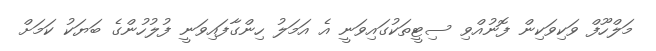
މަލްހޫފް ވަކިވަކިން ފޮނުއްވި ސިޓީތަކުގައިވަނީ އެ އަމަލު ހިންގާފައިވަނީ ފުލުހުންގެ ބަޔަކު ކަމަށް